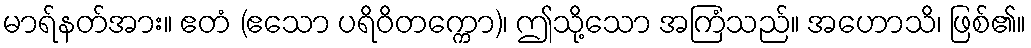
မာရ်နတ်အား။ ဧတံ (ဧသော ပရိဝိတက္ကော)၊ ဤသို့သော အကြံသည်။ အဟောသိ၊ ဖြစ်၏။